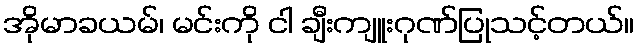
အိုမာခယမ်၊ မင်းကို ငါ ချီးကျူးဂုဏ်ပြုသင့်တယ်။